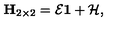
{ \bf H } _ { 2 \times 2 } = { \cal E } { \bf 1 } + { \cal H , }